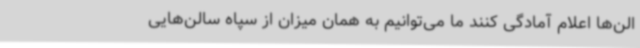
الن‌ها اعلام آمادگی کنند ما می‌توانیم به همان میزان از سپاه سالن‌هایی